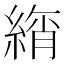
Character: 𦂚